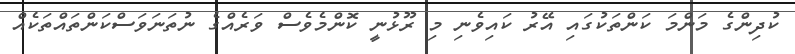
ކުދިންގެ މަންމަ ކަންތަކުގައި އޭރު ކައިވެނި މި ރޫޅުނީ ކޮންމެވެސް ވަރެއްގެ ނުތަނަވަސްކަންތައްތަކެއް